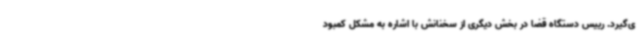
ی‌گیرد. رییس دستگاه قضا در بخش دیگری از سخنانش با اشاره به مشکل کمبود